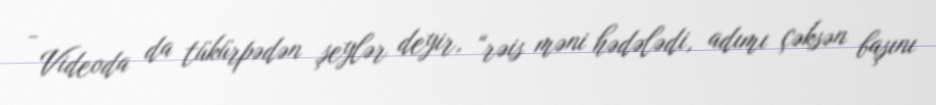
- Videoda da tükürpədən şeylər deyir, “rəis məni hədələdi, adımı çəksən başını